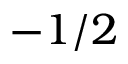
- 1 / 2